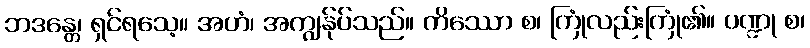
ဘဒန္တေ၊ ရှင်ရသေ့။ အဟံ၊ အကျွန်ုပ်သည်။ ကိဿော စ၊ ကြုံလည်းကြုံ၏။ ပဏ္ဍု စ၊